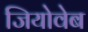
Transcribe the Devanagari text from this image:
जियोवेब